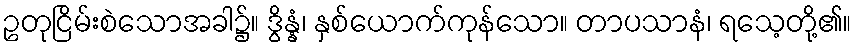
ဥတုငြိမ်းစဲသောအခါ၌။ ဒွိန္နံ၊ နှစ်ယောက်ကုန်သော။ တာပသာနံ၊ ရသေ့တို့၏။